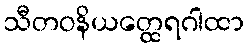
သီတဝနိယတ္ထေရဂါထာ